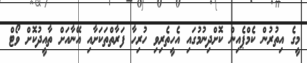
މީގެ އިތުރުން ކެމްޕެއިން ކޮށްދިނުމުގައި އެހީތެރިވި ހުރިހާ ފަރާތްތަކަށާއި އޭނާއަށް ތާއީދުކޮށް ވޯޓް